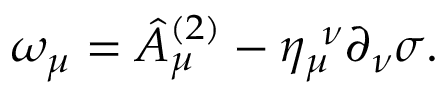
\omega _ { \mu } = \hat { A } _ { \mu } ^ { ( 2 ) } - \eta _ { \mu } ^ { ~ \nu } \partial _ { \nu } \sigma .